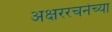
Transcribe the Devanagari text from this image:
अक्षररचनेच्या